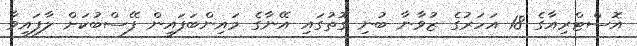
އޮސްޓްރިއާގެ 18 އަހަރުގެ ޒުވާނާ ބުނި ގޮތުގައި އޭނާގެ މައިންބަފައިން ފޭސްބުކަށް ލާފައިވާ